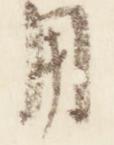
用